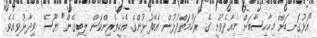
"އަޅުގަނޑަށް މިހާހިސާބަށް މިއާދެވުނީ ގެ ރަހުމަތްފުޅުން އެބޭފުޅުންގެ އެހީތެރިންކަން ލިބިގެން" ޔޫސޭ ވިދާޅުވިއެވެ.